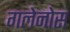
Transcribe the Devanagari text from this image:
गलेनोस